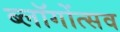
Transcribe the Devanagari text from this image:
ब्लॉगोंत्सव